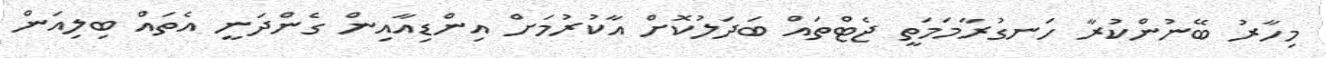
މިހާރު ބޭނުންކުރާ ހަނގުރާމަމަތީ ޖެޓްތައް ބަދަލުކޮށް އާކުރުމަށް އިންޑިއާއިން ގެންދަނީ އެތައް ބިލިއަން